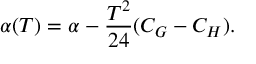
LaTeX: \alpha ( T ) = \alpha - \frac { T ^ { 2 } } { 2 4 } ( C _ { G } - C _ { H } ) .